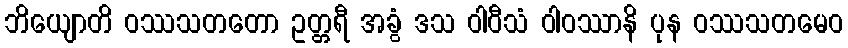
ဘိယျောတိ ဝဿသတတော ဥတ္တရီ အခွံ ဒသ ဝါဝီသံ ဝါဝဿာနိ ပုန ဝဿသတမေဝ